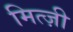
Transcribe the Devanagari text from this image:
मित्ज़ी